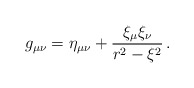
\begin{align*}g_{\mu\nu}=\eta_{\mu\nu}+\frac{\xi_{\mu}\xi_{\nu}}{r^{2}-\xi^{2}}\, .\end{align*}